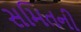
સમિતની